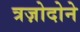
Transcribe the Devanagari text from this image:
त्रज़ोदोने